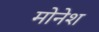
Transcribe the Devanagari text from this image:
मोनेश